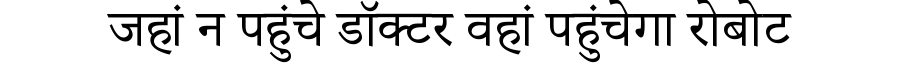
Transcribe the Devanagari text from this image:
जहां न पहुंचे डॉक्टर वहां पहुंचेगा रोबोट